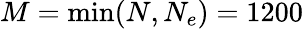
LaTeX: M=\operatorname*{min}(N,N_{e})=1200